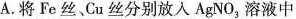
A. 将Fe丝、Cu丝分别放入AgNO_{3}溶液中